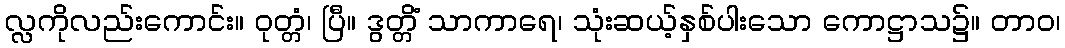
လ္လကိုလည်းကောင်း။ ဝုတ္တံ၊ ပြီ။ ဒွတ္တိံ သာကာရေ၊ သုံးဆယ့်နှစ်ပါးသော ကောဋ္ဌာသ၌။ တာဝ၊